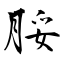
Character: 脮